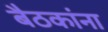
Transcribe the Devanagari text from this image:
बैठकांना